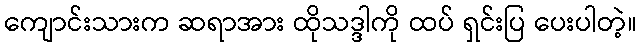
ကျောင်းသားက ဆရာအား ထိုသဒ္ဒါကို ထပ် ရှင်းပြ ပေးပါတဲ့။